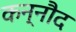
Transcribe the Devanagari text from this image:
कन्नौद